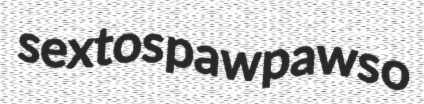
sextos pawpaws o